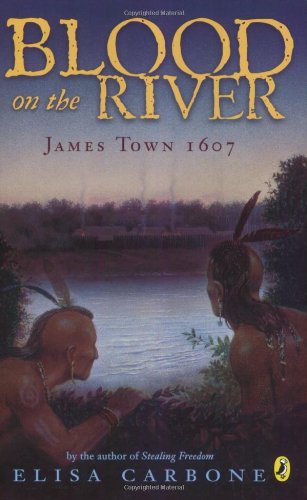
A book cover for Blood on the River: James Town, 1607; Elisa Carbone; Children's Books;